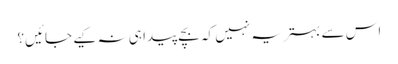
اس سے بہتر یہ نہیں کہ بچے پیدا ہی نہ کیے جائیں؟